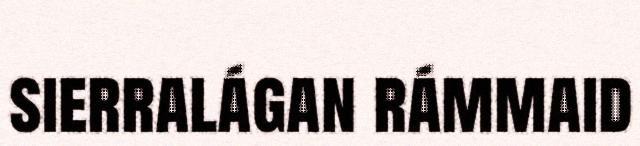
sierralágan rámmaid